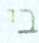
בי